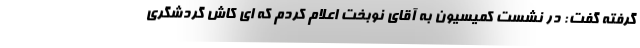
گرفته گفت: در نشست کمیسیون به آقای نوبخت اعلام کردم که ‌ای کاش گردشگری